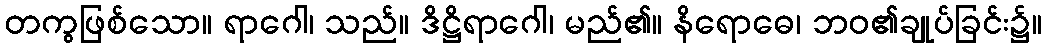
တကွဖြစ်သော။ ရာဂေါ၊ သည်။ ဒိဋ္ဌိရာဂေါ၊ မည်၏။ နိရောဓေ၊ ဘဝ၏ချုပ်ခြင်း၌။